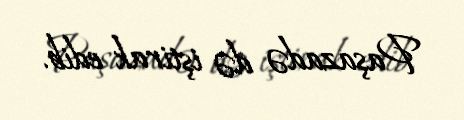
Paşazadə də iştirak edib.